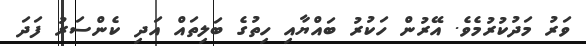
ވަރު މަދުކުރުމެވެ. އޭރުން ހަކުރު ބައްޔާއި ހިތުގެ ބަލިތައް އަދި ކެންސަރު ފަދަ